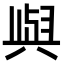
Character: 𫤰